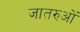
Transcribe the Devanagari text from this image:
जातरुओं